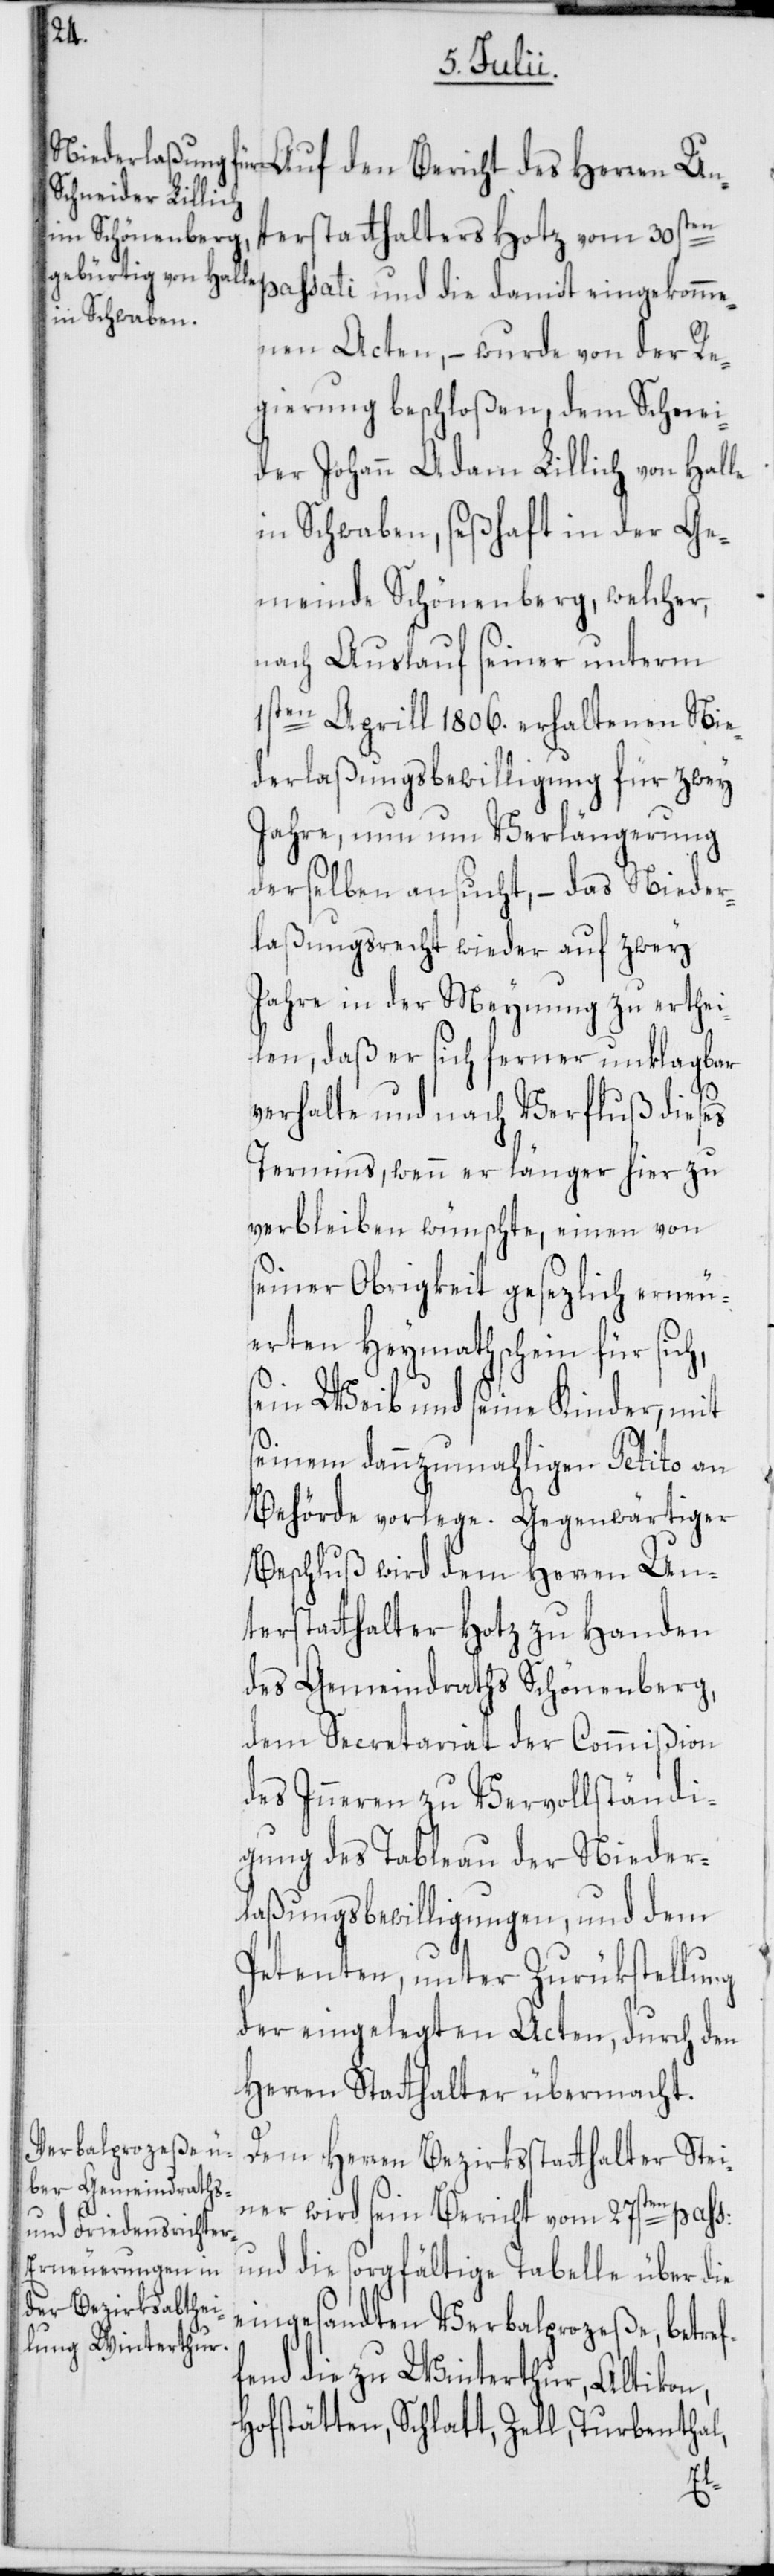
Auf den Bericht des Herren Un¬
terstatthalter Hotz vom 30sten
passati und die damit eingekomme¬
nen Acten, – wurde von der Re¬
gierung beschloßen, dem Schnei¬
der Johann Adam Lillich von Halle
in Schwaben, seßhaft in der Ge¬
meinde Schönenberg, welcher,
nach Auslauf seiner unterm
1sten Aprill 1806. erhaltenen Nie¬
derlaßungsbewilligung für zwey
Jahre, nun um Verlängerung
derselben ansucht, – das Nieder¬
laßungsrecht wieder auf zwey
Jahre in der Meynung zu erthei¬
len, daß er sich ferner unklagbar
verhalte und nach Verfluß dieses
Termins, wenn er länger hier zu
verbleiben wünschte, einen von
seiner Obrigkeit gesetzlich erneu¬
erten Heymathschein für sich,
sein Weib und seine Kinder, mit
seinem dannzumahligen Petito an
Behörde vorlege. Gegenwärtiger
Beschluß wird dem Herren Un¬
terstatthalter Hotz zu Handen
des Gemeindraths Schönenberg,
dem Secretariat der Commißion
des Inneren zu Vervollständi¬
gung des Tableau der Nieder¬
laßungsbewilligungen, und dem
Petenten, unter Zurükstellung
der eingelegten Acten, durch den
Herren Statthalter übermacht.
Dem Herren Bezirksstatthalter Stei¬
ner wird sein Bericht vom 27sten pass:
und die sorgfältige Tabelle über die
eingesandten Verbalprozeße, betref¬
fend die zu Winterthur, Altikon,
Hofstätten, Schlatt, Zell, Turbenthal,